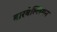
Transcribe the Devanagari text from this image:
बारबेल्लियन